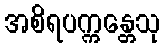
အစိရပက္ကန္တေသု